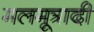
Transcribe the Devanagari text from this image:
मलमूत्रादी